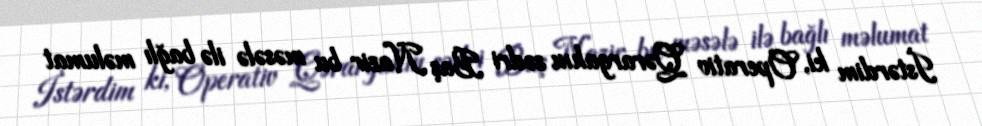
İstərdim ki, Operativ Qərargahın sədri Baş Nazir bu məsələ ilə bağlı məlumat